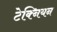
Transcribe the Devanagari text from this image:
टेक्नियन